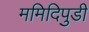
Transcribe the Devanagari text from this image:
ममिदिपुडी